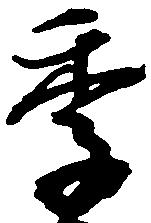
季